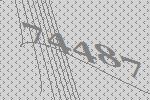
74487